Vaccine operations Central Provinces & Berar 1922-1929 - 1922-1929
Year: 1922
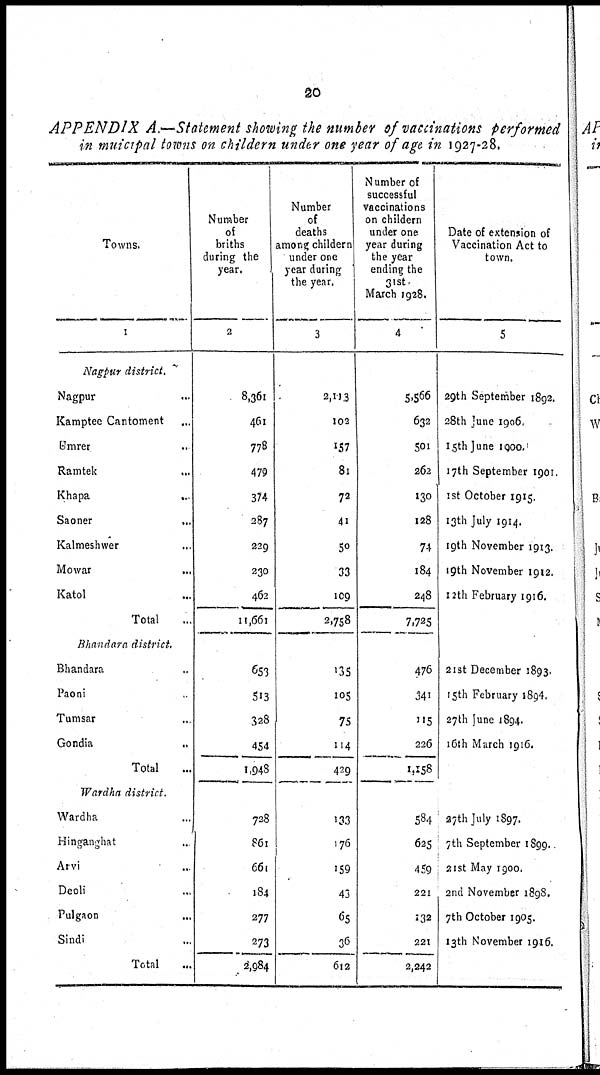
20
APPENDIX A.—Statement showing the number of vaccinations performed
in muicipal towns on childern under one year of age in 1927-28.
Towns.
1
Nagpur district.
Nagpur
...
Kamptee Cantoment ...
Umrer ...
Ramtek
...
Khapa
...
Saoner ...
Kalmeshwer ...
Mowar ...
Katol ...
Total ...
Bhandara district.
Bhandara ...
Paoni ...
Tumsar ...
Gondia ...
Total ...
Wardha district.
Wardha ...
Hinganghat ...
Arvi ...
Deoli ...
Pulgaon ...
Sindi ...
Total ...
Number
of
briths
during the
year.
2
8,361
461
778
479
374
287
229
230
462
11,661
653
513
328
454
1,948
728
861
661
184
277
273
2,984
Number
of
deaths
among childern
under one
year during
the year.
3
2,113
102
157
81
72
41
50
33
109
2,758
135
105
75
114
429
133
176
159
43
65
36
612
Number of
successful
vaccinations
on childern
under one
year during
the year
ending the
31st
March 1928.
4
5,566
632
501
262
130
128
74
184
248
7,725
476
341
115
226
1,158
584
625
459
221
132
221
2,242
Date of extension of
Vaccination Act to
town.
5
29th September 1892.
28th June 1906.
15th June 1900.
17th September 1901.
1st October 1915.
13th July 1914.
19th November 1913.
19th November 1912.
12 th February 1916.
21 st December 1893.
15th February 1894.
27th June 1894.
16th March 1916.
27th July 1897.
7th September 1899.
21 st May 1900.
2nd November 1898.
7th October 1905.
13th November 1916.